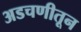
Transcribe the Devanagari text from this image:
अडचणीतून